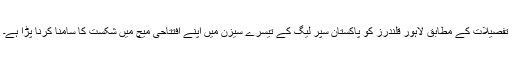
تفصیلات کے مطابق لاہور قلندرز کو پاکستان سپر لیگ کے تیسرے سیزن میں اپنے افتتاحی میچ میں شکست کا سامنا کرنا پڑا ہے۔